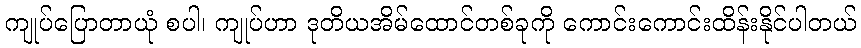
ကျုပ်ပြောတာယုံ စပါ၊ ကျုပ်ဟာ ဒုတိယအိမ်ထောင်တစ်ခုကို ကောင်းကောင်းထိန်းနိုင်ပါတယ်